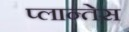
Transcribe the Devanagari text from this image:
प्लान्तेस